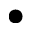
\bullet